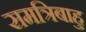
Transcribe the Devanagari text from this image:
समत्रिबाहु